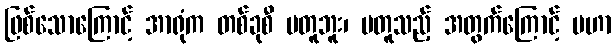
ဖြစ်သောကြောင့် အာရုံက တစ်ခုစီ မတူဘူး၊ မတူသည့် အတွက်ကြောင့် မဟာ